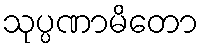
သုပ္ပဏာမိတော